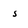
Character: 5